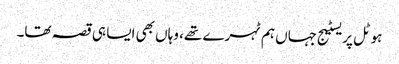
ہوٹل پریسٹیج جہاں ہم ٹہرے تھے، وہاں بھی ایسا ہی قصہ تھا۔